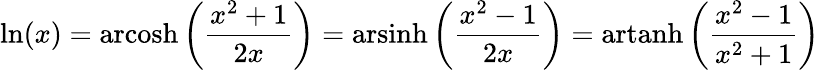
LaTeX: \ln(x)=\operatorname{arcosh}\left({\frac{x^{2}+1}{2x}}\right)=\operatorname{arsinh}\left({\frac{x^{2}-1}{2x}}\right)=\operatorname{artanh}\left({\frac{x^{2}-1}{x^{2}+1}}\right)